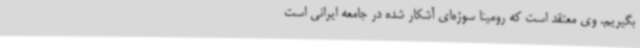
بگیریم. وی معتقد است که رومینا سوژه‌ای آشکار شده در جامعه ایرانی است